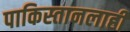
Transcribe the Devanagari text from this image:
पाकिस्तानलाही